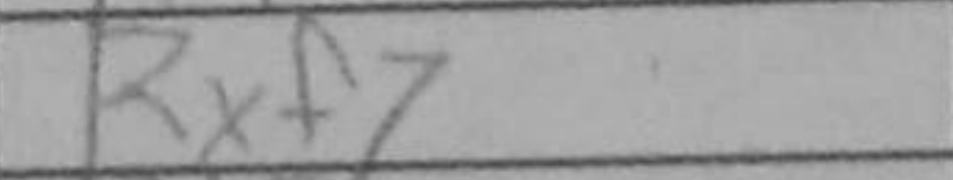
Transcription: Rxf7